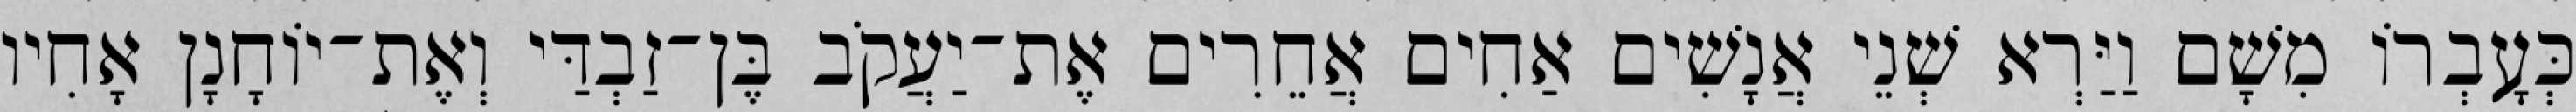
כְּעָבְרוֹ מִשָׁם וַיַּרְא שְׁנֵי אֲנָשִׁים אַחִים אֲחֵרִים אֶת־יַעֲקֹב בֶּן־זַבְדַּי וְאֶת־יוֹחָנָן אָחִיו